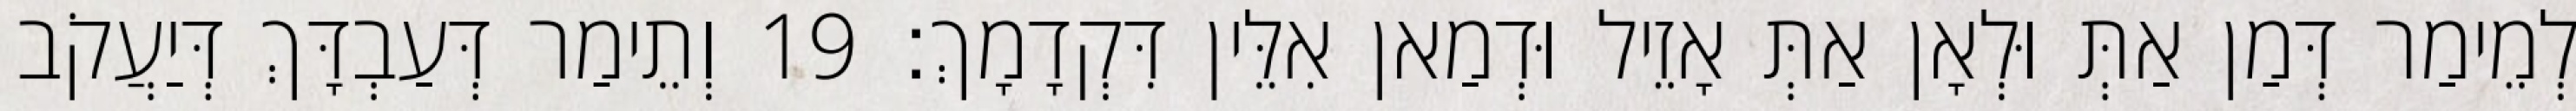
לְמֵימַר דְּמַן אַתְּ וּלְאָן אַתְּ אָזֵיל וּדְמַאן אִלֵּין דִּקְדָמָךְ׃ 19 וְתֵימַר דְּעַבְדָּךְ דְּיַעֲקֹב